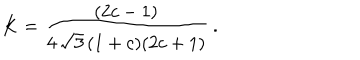
LaTeX: K = \frac { ( 2 c - 1 ) } { 4 \, \sqrt { 3 } \, ( 1 + c ) ( 2 c + 1 ) } \: .